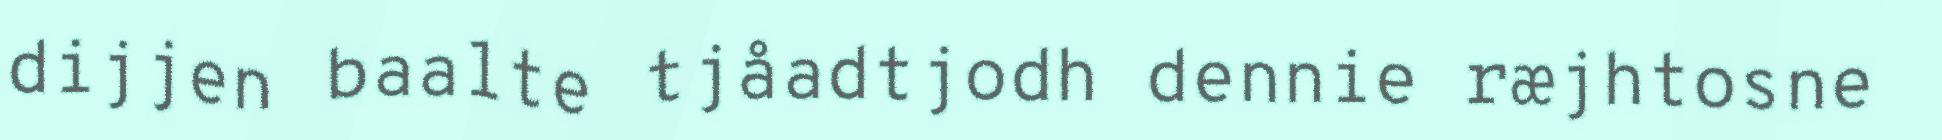
dijjen baalte tjåadtjodh dennie ræjhtosne